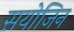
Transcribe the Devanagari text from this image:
सयोजिन